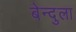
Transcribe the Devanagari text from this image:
बेन्दुला